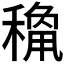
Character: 𥡾